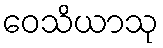
ဝေသိယာသု